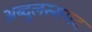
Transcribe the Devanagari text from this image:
अब्दुलस्समद